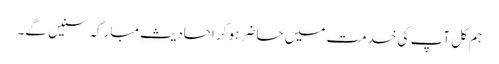
ہم کل آپ کی خدمت میں حاضر ہو کر احادیثِ مبارکہ سنیں گے۔